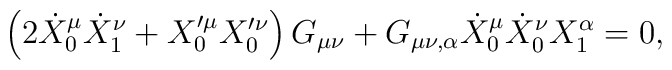
\left(2 \dot{X}_{0}^{\mu} \dot{X}_{1}^{\nu} + X_{0}'^{\mu} X_{0}'^{\nu}\right)G_{\mu \nu} + G_{\mu \nu, \alpha} \dot{X}_{0}^{\mu}\dot{X}_{0}^{\nu}X_{1}^{\alpha}=0,